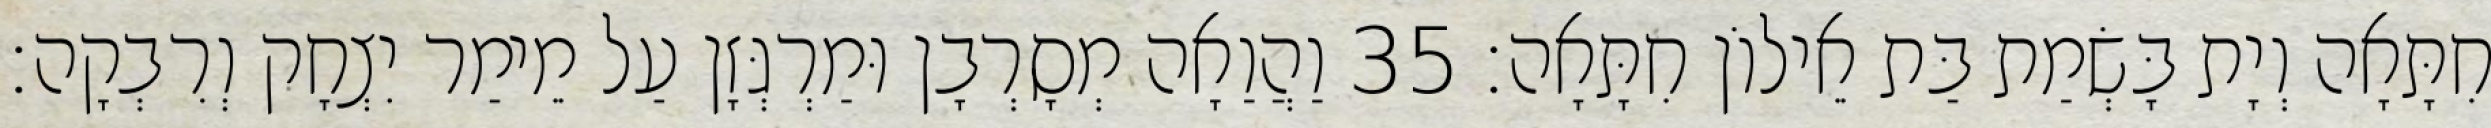
חִתָּאָה וְיָת בָּשְׂמַת בַּת אֵילוֹן חִתָּאָה׃ 35 וַהֲוַאָה מְסָרְבָן וּמַרְגְּזָן עַל מֵימַר יִצְחָק וְרִבְקָה׃